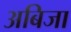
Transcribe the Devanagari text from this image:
अबिजा